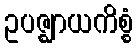
ဥပဇ္ဈာယကိစ္စံ